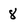
Character: 8